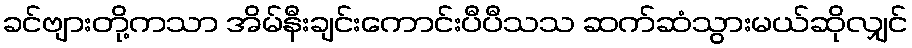
ခင်ဗျားတို့ကသာ အိမ်နီးချင်းကောင်းပီပီသသ ဆက်ဆံသွားမယ်ဆိုလျှင်